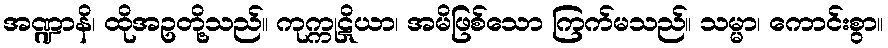
အဏ္ဍာနိ၊ ထိုအဥတို့သည်။ ကုက္ကုဋိယာ၊ အမိဖြစ်သော ကြက်မသည်။ သမ္မာ၊ ကောင်းစွာ။